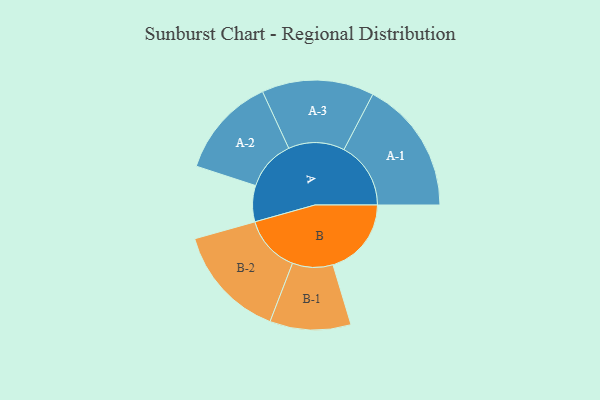
{"axis": {"x": "Segment", "y": "Value"}, "legend": ["", "A", "B"], "data": [{"x": "A", "y": 125, "type": ""}, {"x": "B", "y": 271, "type": ""}, {"x": "A-1", "y": 231, "type": "A"}, {"x": "A-2", "y": 174, "type": "A"}, {"x": "A-3", "y": 194, "type": "A"}, {"x": "B-1", "y": 140, "type": "B"}, {"x": "B-2", "y": 197, "type": "B"}]}